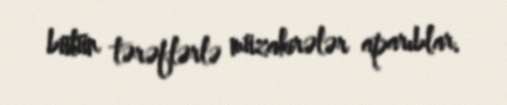
bütün tərəflərlə müzakirələr aparıblar.